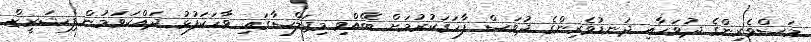
މަސްވެރިންގެ ދުވަހާއި ދަނޑުވެރިންގެ ދުވަސް ފާހަގަކުރުމަށް ބޭއްވި މިޖަލްސާގައި ވާހަކަފުޅު ދައްކަވަމުން ފިޝަރީޒް